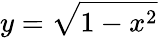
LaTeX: y={\sqrt{1-x^{2}}}